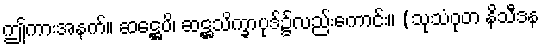
ဤကားအနက်။ ဆဋ္ဌေပိ၊ ဆဋ္ဌသိက္ခာပုဒ်၌လည်းကောင်း။ (သုသံဝုတ နိသီဒန